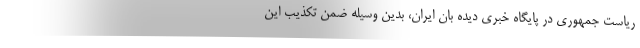
ریاست جمهوری در پایگاه خبری دیده بان ایران، بدین وسیله ضمن تکذیب این